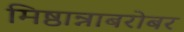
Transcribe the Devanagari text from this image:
मिष्ठान्नाबरोबर